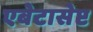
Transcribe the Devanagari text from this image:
एबेटासेप्ट